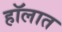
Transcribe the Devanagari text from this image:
हॉलात